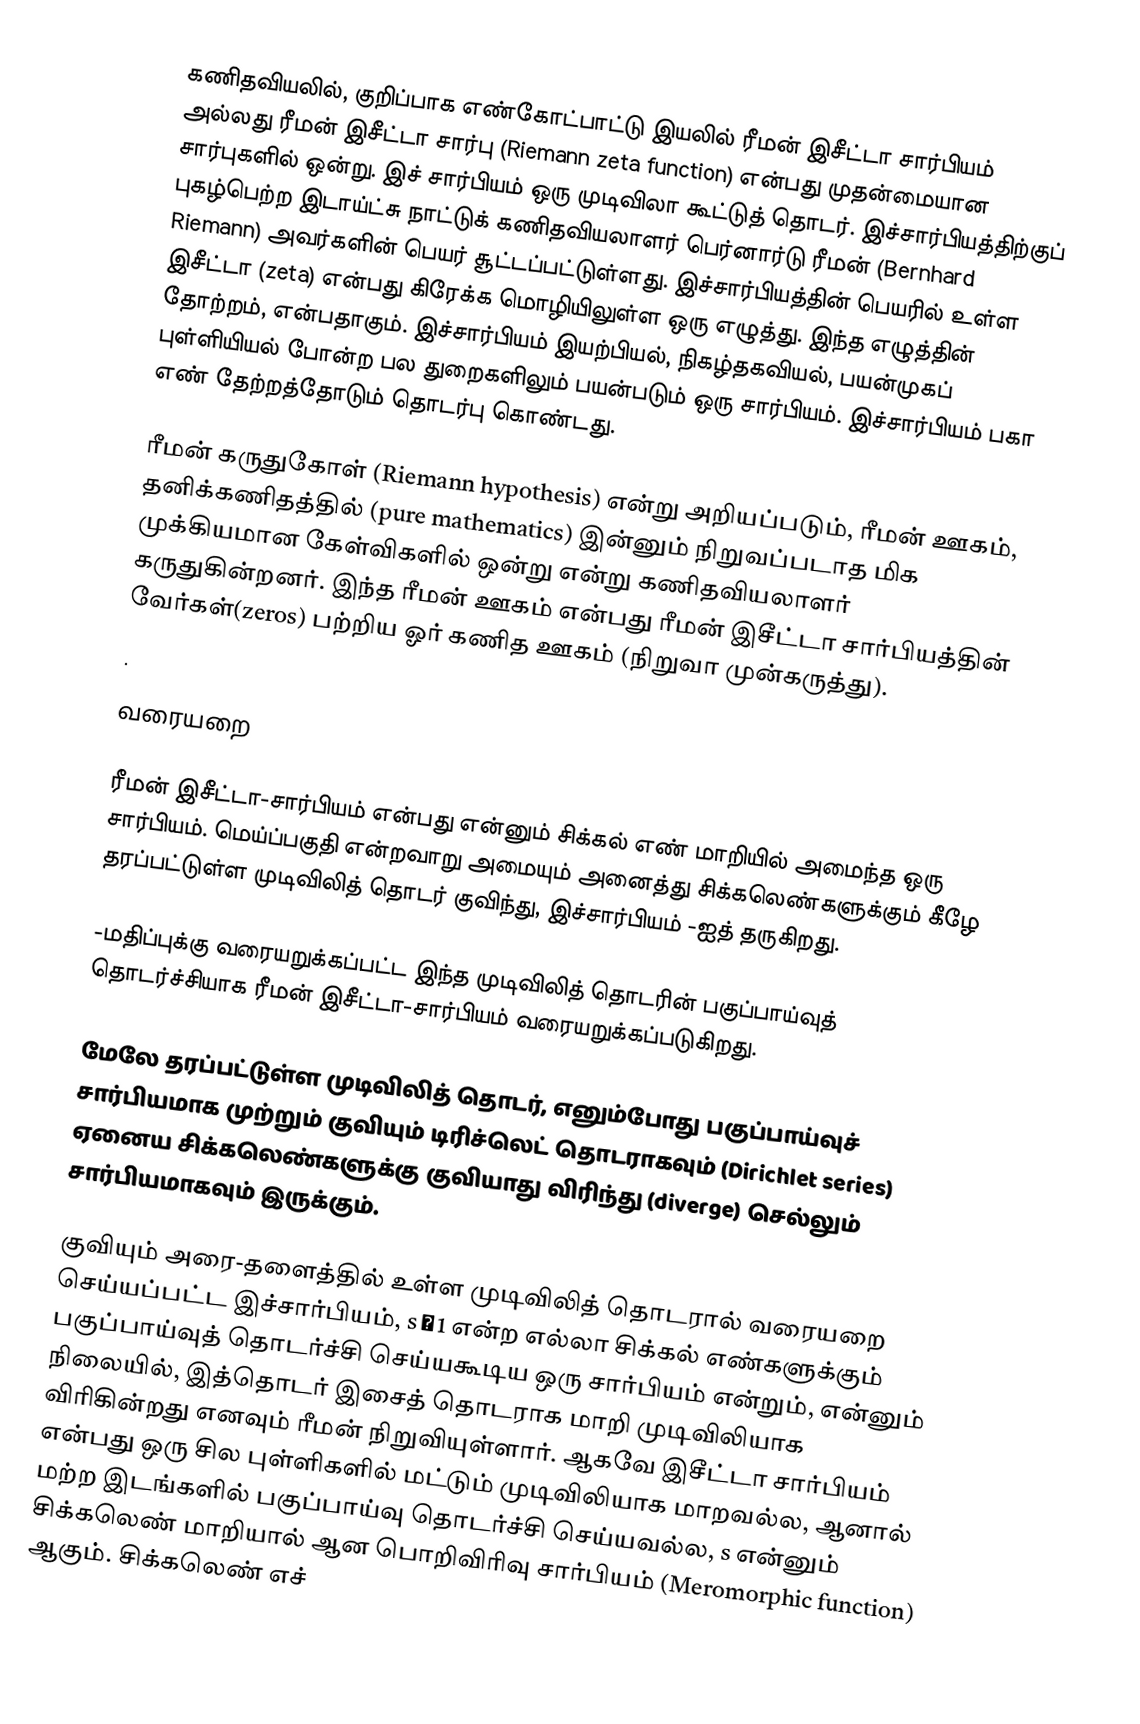
கணிதவியலில், குறிப்பாக எண்கோட்பாட்டு இயலில் ரீமன் இசீட்டா சார்பியம் அல்லது ரீமன் இசீட்டா சார்பு (Riemann zeta function) என்பது முதன்மையான சார்புகளில் ஒன்று. இச் சார்பியம் ஒரு முடிவிலா கூட்டுத் தொடர். இச்சார்பியத்திற்குப் புகழ்பெற்ற இடாய்ட்சு நாட்டுக் கணிதவியலாளர் பெர்னார்டு ரீமன் (Bernhard Riemann) அவர்களின் பெயர் சூட்டப்பட்டுள்ளது. இச்சார்பியத்தின் பெயரில் உள்ள இசீட்டா (zeta) என்பது கிரேக்க மொழியிலுள்ள ஒரு எழுத்து. இந்த எழுத்தின் தோற்றம்,   என்பதாகும். இச்சார்பியம் இயற்பியல், நிகழ்தகவியல், பயன்முகப் புள்ளியியல் போன்ற பல துறைகளிலும் பயன்படும் ஒரு சார்பியம். இச்சார்பியம் பகா எண் தேற்றத்தோடும் தொடர்பு கொண்டது.

ரீமன் கருதுகோள் (Riemann hypothesis) என்று அறியப்படும், ரீமன் ஊகம், தனிக்கணிதத்தில் (pure mathematics) இன்னும் நிறுவப்படாத மிக முக்கியமான கேள்விகளில் ஒன்று என்று கணிதவியலாளர் கருதுகின்றனர். இந்த ரீமன் ஊகம் என்பது ரீமன் இசீட்டா சார்பியத்தின் வேர்கள்(zeros) பற்றிய ஓர் கணித ஊகம் (நிறுவா முன்கருத்து).
.

வரையறை

ரீமன் இசீட்டா-சார்பியம்   என்பது  என்னும் சிக்கல் எண் மாறியில் அமைந்த ஒரு சார்பியம். மெய்ப்பகுதி  என்றவாறு அமையும் அனைத்து சிக்கலெண்களுக்கும் கீழே தரப்பட்டுள்ள முடிவிலித் தொடர் குவிந்து, இச்சார்பியம்  -ஐத் தருகிறது.

 -மதிப்புக்கு வரையறுக்கப்பட்ட இந்த முடிவிலித் தொடரின் பகுப்பாய்வுத் தொடர்ச்சியாக ரீமன் இசீட்டா-சார்பியம் வரையறுக்கப்படுகிறது.

மேலே தரப்பட்டுள்ள முடிவிலித் தொடர்,  எனும்போது பகுப்பாய்வுச் சார்பியமாக முற்றும் குவியும் டிரிச்லெட் தொடராகவும் (Dirichlet series) ஏனைய சிக்கலெண்களுக்கு குவியாது விரிந்து (diverge) செல்லும் சார்பியமாகவும் இருக்கும்.

குவியும் அரை-தளைத்தில் உள்ள முடிவிலித் தொடரால் வரையறை செய்யப்பட்ட இச்சார்பியம், s ≠ 1 என்ற எல்லா சிக்கல் எண்களுக்கும்  பகுப்பாய்வுத் தொடர்ச்சி செய்யகூடிய ஒரு சார்பியம் என்றும்,   என்னும் நிலையில், இத்தொடர் இசைத் தொடராக மாறி முடிவிலியாக விரிகின்றது எனவும் ரீமன் நிறுவியுள்ளார். ஆகவே இசீட்டா சார்பியம் என்பது ஒரு சில புள்ளிகளில் மட்டும் முடிவிலியாக மாறவல்ல, ஆனால் மற்ற இடங்களில் பகுப்பாய்வு தொடர்ச்சி செய்யவல்ல, s என்னும் சிக்கலெண் மாறியால் ஆன பொறிவிரிவு சார்பியம் (Meromorphic function) ஆகும். சிக்கலெண் எச்